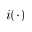
i ( \cdot )